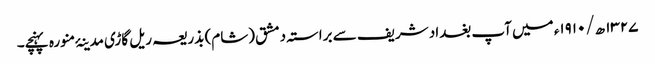
۱۳۲۷ ھ/۱۹۱۰ء میں آپ بغداد شریف سے براستہ دمشق (شام) بذریعہ ریل گاڑی مدینۂ منورہ پہنچے۔